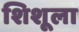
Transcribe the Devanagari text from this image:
शिशूला